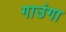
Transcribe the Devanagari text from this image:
गाउंगा